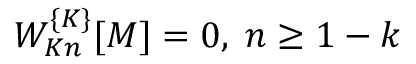
{ \cal W } _ { K n } ^ { \{ K \} } [ M ] = 0 , \; n \geq 1 - k